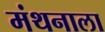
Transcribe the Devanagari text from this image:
मंथनाला